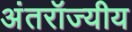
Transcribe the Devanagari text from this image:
अंतरॉज्यीय